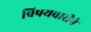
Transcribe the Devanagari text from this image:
विषयवारीने